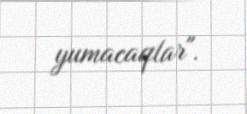
yumacaqlar".